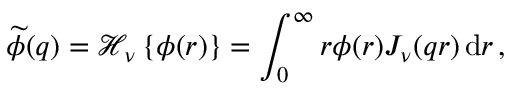
\widetilde { \phi } ( q ) = \mathcal { H } _ { \nu } \left\{ \phi ( r ) \right\} = \int _ { 0 } ^ { \infty } r \phi ( r ) J _ { \nu } ( q r ) \, \mathrm { d } r \, ,